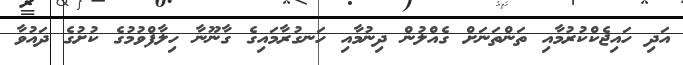
އަދި ހައިޖެކްކުރުމާއި ތަންތަނަށް ގެއްލުން ދިނުމާއި ހަނގުރާމައިގެ ގާނޫނާ ހިލާފްވުމުގެ ކުށުގެ ދައުވާ